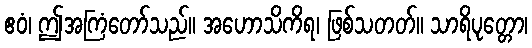
ဧဝံ၊ ဤအကြံတော်သည်။ အဟောသိကိရ၊ ဖြစ်သတတ်။ သာရိပုတ္တော၊